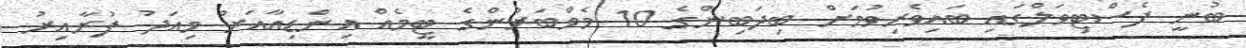
ބުނީ ފެސްޓިވަލްގައި ބައިވެރިވުމަށް ބިދަބިންގެ 10 މެމްބަރުންގެ ޓީމެއް އިންޑިއާއަށް މިއަދު ފުރާއިރު